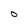
Character: 0